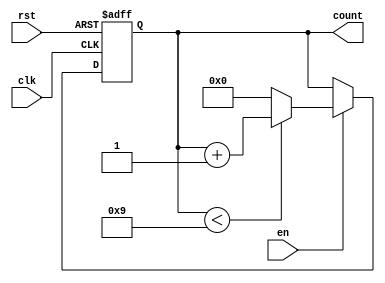
`timescale 1ns / 1ps
//////////////////////////////////////////////////////////////////////////////////
// Company: 
// Engineer: 
// 
// Design Name: 
// Module Name: counterModN
// Project Name: 
// Target Devices: 
// Tool Versions: 
// Description: 
// 
// Dependencies: 
// 
// Revision:
// Revision 0.01 - File Created
// Additional Comments:
// 
//////////////////////////////////////////////////////////////////////////////////


module counterModN #(parameter x=8 , n= 10) (input clk , rst , en , output reg [x-1:0] count

    );
always @(posedge clk , posedge rst) begin
if ( rst == 1)
count = 0;
else if(en==1) begin
if(count < n-1)
count=count+1;
else
count =0;
end
end
endmodule